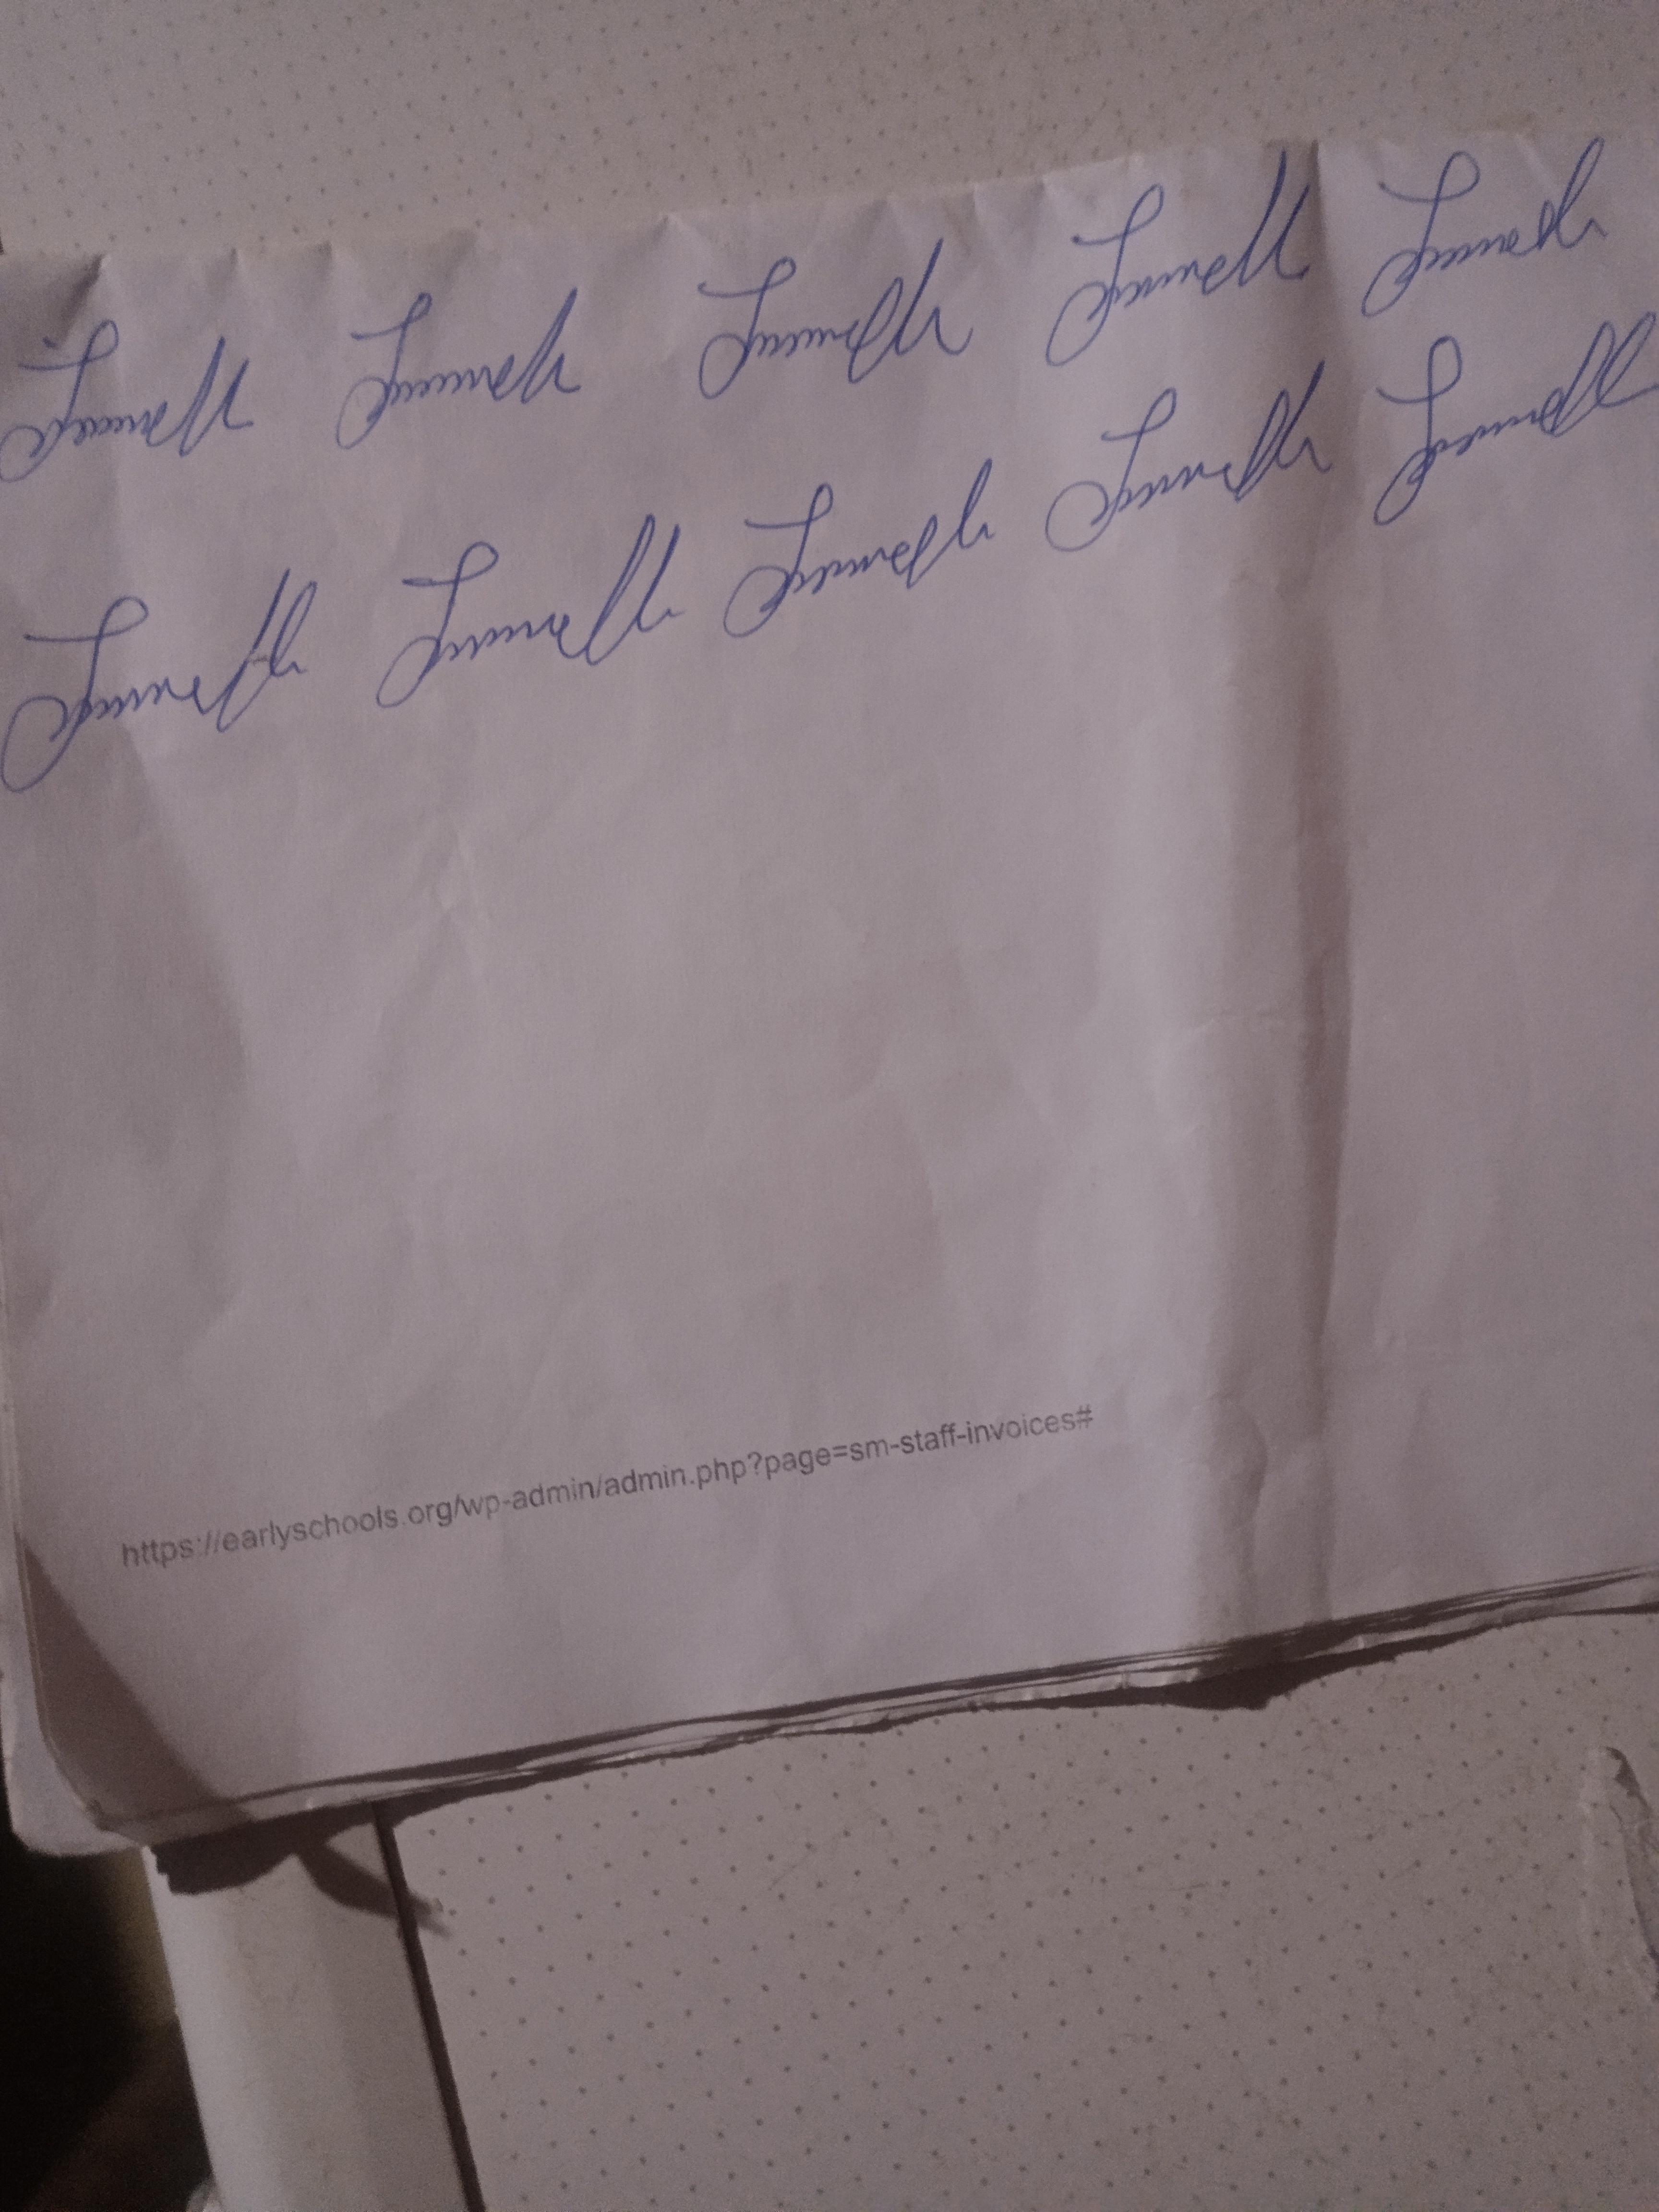
Signature authenticity: genuine